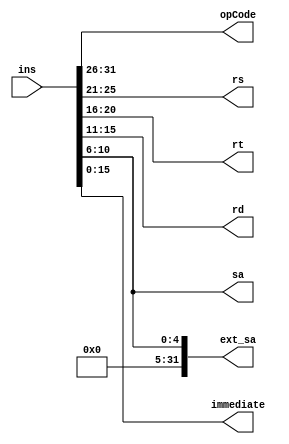
`timescale 1ns / 1ps
//////////////////////////////////////////////////////////////////////////////////
// Company: 
// Engineer: 
// 
// Design Name: 
// Module Name: decoder
// Project Name: 
// Target Devices: 
// Tool Versions: 
// Description: 
// 
// Dependencies: 
// 
// Revision:
// Revision 0.01 - File Created
// Additional Comments:
// 
//////////////////////////////////////////////////////////////////////////////////


module decoder(
    // input
    input [31:0] ins,
    // output
    output reg[5:0] opCode,
    output reg[4:0] rs,
    output reg[4:0] rt,
    output reg[4:0] rd,
    output reg[4:0] sa,
    output reg[15:0] immediate,
    output reg[31:0] ext_sa
    );

    always @(ins) begin
        opCode=ins[31:26];
        rs=ins[25:21];
        rt=ins[20:16];
        rd=ins[15:11];
        sa=ins[10:6];
        immediate=ins[15:0];
        ext_sa={ 27'b000000000000000000000000000 ,ins[10:6]};
    end
endmodule